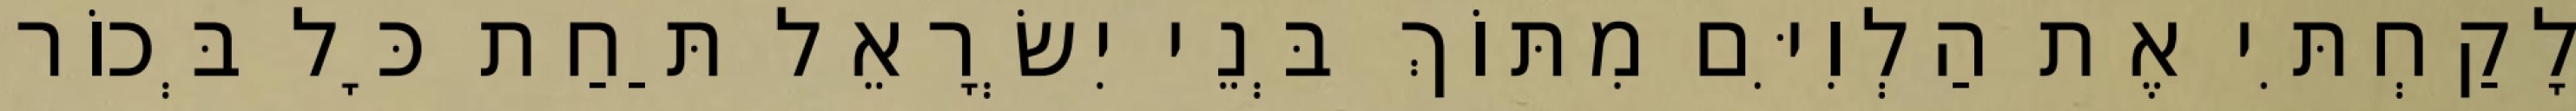
לָקַחְתִּי אֶת הַלְוִיִּם מִתּוֹךְ בְּנֵי יִשְׂרָאֵל תַּחַת כָּל בְּכוֹר